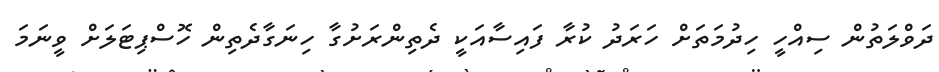
ދަވްލަތުން ސިއްހީ ހިދުމަތަށް ހަރަދު ކުރާ ފައިސާއަކީ ދެތިންރަށުގާ ހިނަގާދެތިން ހޮސްޕިޓަލަށް ވީނަމަ